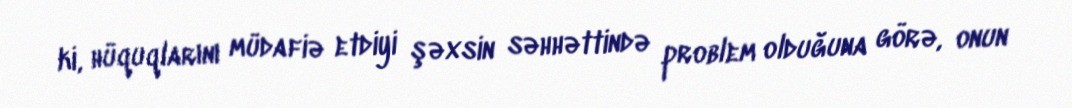
ki, hüquqlarını müdafiə etdiyi şəxsin səhhəttində problem olduğuna görə, onun